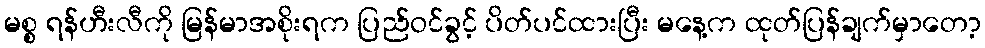
မစ္စ ရန်ဟီးလီကို မြန်မာအစိုးရက ပြည်ဝင်ခွင့် ပိတ်ပင်ထားပြီး မနေ့က ထုတ်ပြန်ချက်မှာတော့